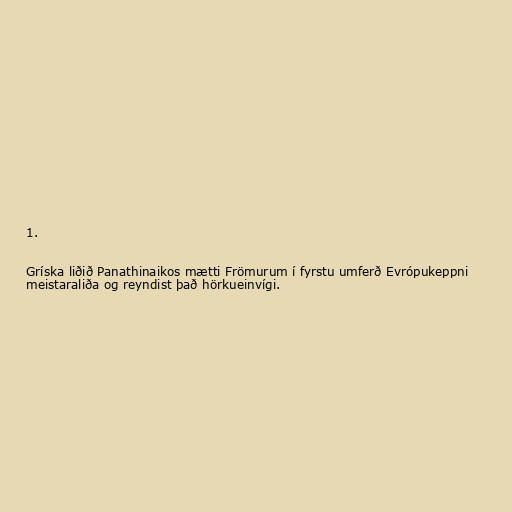
1.

Gríska liðið Panathinaikos mætti Frömurum í fyrstu umferð Evrópukeppni
meistaraliða og reyndist það hörkueinvígi.